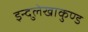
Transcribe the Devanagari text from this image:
इन्दुलेखाकुण्ड